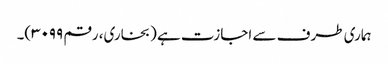
ہماری طرف سے اجازت ہے (بخاری، رقم ۳۰۹۹)۔